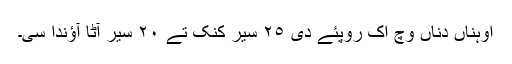
اوہناں دناں وچ اک روپئے دی ٢٥ سیر کنک تے ٢٠ سیر آٹا آؤندا سی۔